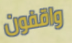
واقفون